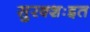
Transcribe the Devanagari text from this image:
सुरक्शःइत